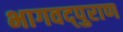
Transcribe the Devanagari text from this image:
भागवद्पुराण